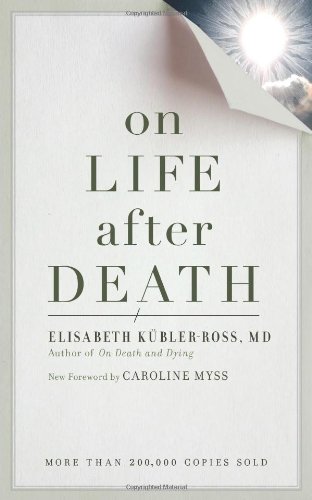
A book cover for On Life after Death, revised; Elizabeth Kubler-Ross; Self-Help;